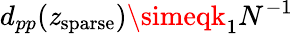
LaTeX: d_{pp}(\mathit{z}_{\mathrm{{sparse}}})\simeqk_{1}N^{-1}